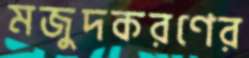
মজুদকরণের